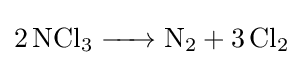
{\ce {2NCl3 -> N2 + 3Cl2}}